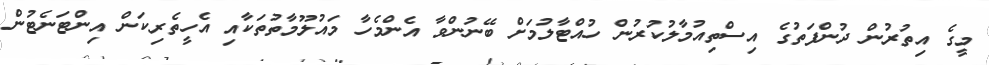
މީގެ އިތުރުން ދުންފަތުގެ އިސްތިއުމާލުކުރުން ހުއްޓާލުމަށް ބޭނުންވާ އެންމެހާ މައުލޫމާތުތަކާއި އެހީތެރިކަން އިންޓަނެޓުން